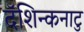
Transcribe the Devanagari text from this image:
दॅशिन्कनाटु